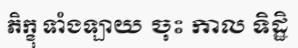
ភិក្ខុ ទាំងឡាយ ចុះ កាល ទិដ្ឋិ